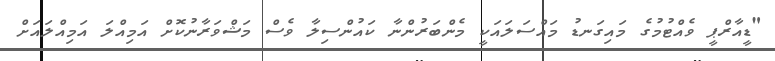
"ޑީއާރްޕީ ވެއްޓުމުގެ މައިގަނޑު މައްސަލައަކީ މެންބަރުންނާ ކައުންސިލާ ވެސް މަޝްވަރާނުކޮށް އަމިއްލަ އަމިއްލައަށް